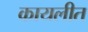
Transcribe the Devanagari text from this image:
कायलीत